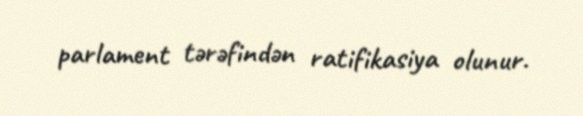
parlament tərəfindən ratifikasiya olunur.